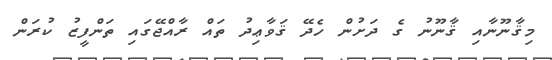
މިޤާނޫނާއި ޤާނޫނު ގެ ދަށުން ހެދޭ ޤަވާޢިދު ތައް ރާއްޖޭގައި ތަންފީޒު ކުރަން